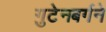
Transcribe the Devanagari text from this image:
गुटेनबर्गने